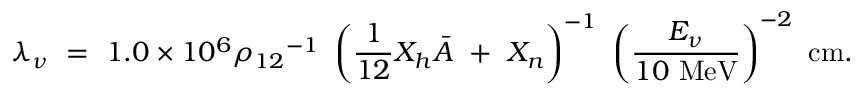
\lambda _ { \nu } ~ = ~ 1 . 0 \times 1 0 ^ { 6 } { { \rho } _ { 1 2 } } ^ { - 1 } ~ \left( \frac { 1 } { 1 2 } X _ { h } { \bar { A } } ~ + ~ X _ { n } \right) ^ { - 1 } ~ \left( \frac { E _ { \nu } } { 1 0 ~ \mathrm { M e V } } \right) ^ { - 2 } ~ \mathrm { { c m } . }